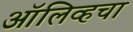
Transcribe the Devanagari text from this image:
ऑलिव्हचा